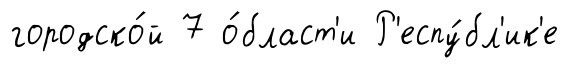
городско́й 7 о́бласт'и Р'еспу́бл'ик'е